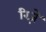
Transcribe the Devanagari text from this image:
रिज़े